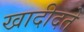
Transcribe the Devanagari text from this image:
खादीदते